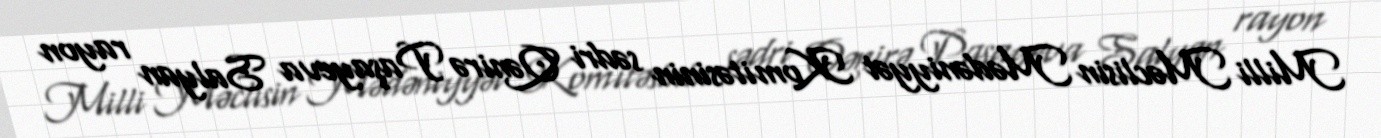
Milli Məclisin Mədəniyyət Komitəsinin sədri Qənirə Paşayeva Salyan rayon